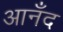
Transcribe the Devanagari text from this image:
आनँद